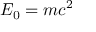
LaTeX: E _ { 0 } = m c ^ { 2 }